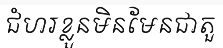
ជំហរខ្លួនមិនមែនជាតួ